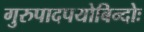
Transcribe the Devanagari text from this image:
गुरुपादपयोबिन्दोः